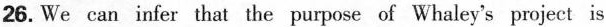
26.We can infer that the purpose of Whaley's project is